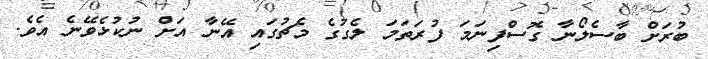
ބުރަށް ބާސެލޯނާ ގޮސްފިނަމަ ފުރަތަމަ ލެގުގެ މެޗުގައި އޭނާ އަށް ނުކުޅެވޭނެ އެވެ.